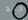
جيد